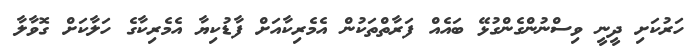
ހަރުކަށި ދީނީ ވިސްނުންގެންގުޅޭ ބައެއް ފަރާތްތަކުން އެމެރިކާއަށް ފާޑުކިޔާ އެމެރިކާގެ ހަލާކަށް ގޮވާލާ